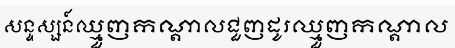
សន្ទស្សន៍ឈ្មួញកណ្តាលជួញដូរឈ្មួញកណ្តាល